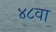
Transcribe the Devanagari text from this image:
४८वा